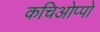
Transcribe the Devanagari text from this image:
कचिओप्पो